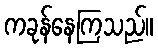
ကခုန်နေကြသည်။